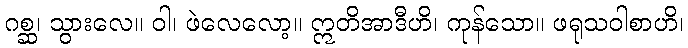
ဂစ္ဆ၊ သွားလေ။ ဝါ၊ ဖဲလေလော့။ ဣတိအာဒီဟိ၊ ကုန်သော။ ဖရုသဝါစာဟိ၊